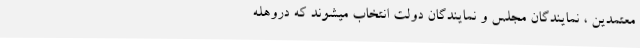
معتمدین ، نمایندگان مجلس و نمایندگان دولت انتخاب میشوند که دروهله